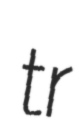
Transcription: tr